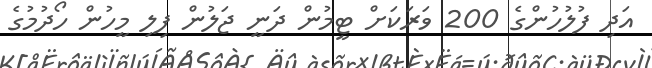
އަދި ފުލުހުންގެ 200 ވަރަކަށް ޓީމުން ދަނީ ޖަލުން ފިލި މީހުން ހޯދުމުގެ